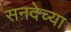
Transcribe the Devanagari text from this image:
सनदेच्या